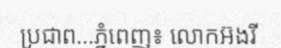
ប្រជាព...ភ្នំពេញ៖ លោកអ៊ងរី